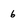
Character: 6